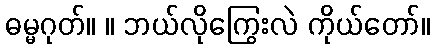
ဓမ္မဂုတ်။ ။ ဘယ်လိုကြွေးလဲ ကိုယ်တော်။